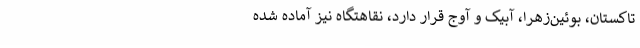
تاکستان، بوئین‌زهرا، آبیک و آوج قرار دارد، نقاهتگاه نیز آماده شده